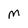
Character: m